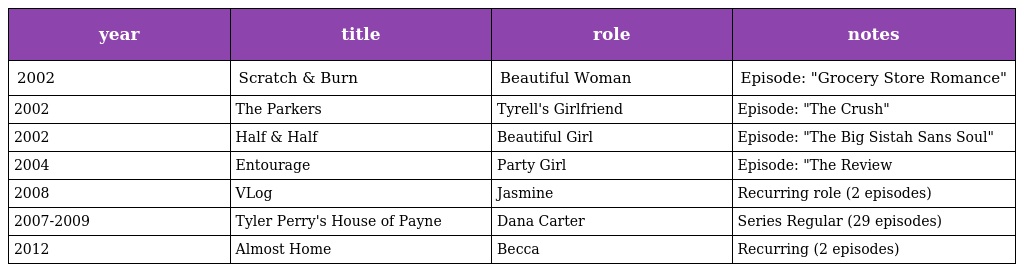
| year | title | role | notes |
 | --- | --- | --- | --- |
 | 2002 | Scratch & Burn | Beautiful Woman | Episode: "Grocery Store Romance" |
 | 2002 | The Parkers | Tyrell's Girlfriend | Episode: "The Crush" |
 | 2002 | Half & Half | Beautiful Girl | Episode: "The Big Sistah Sans Soul" |
 | 2004 | Entourage | Party Girl | Episode: "The Review |
 | 2008 | VLog | Jasmine | Recurring role (2 episodes) |
 | 2007-2009 | Tyler Perry's House of Payne | Dana Carter | Series Regular (29 episodes) |
 | 2012 | Almost Home | Becca | Recurring (2 episodes) |